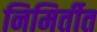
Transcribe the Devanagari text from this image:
निमिर्तीत